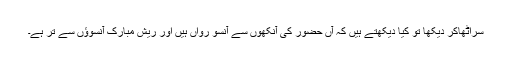
سراُٹھاکر دیکھا تو کیا دیکھتے ہیں کہ آں حضوؐر کی آنکھوں سے آنسو رواں ہیں اور ریش مبارک آنسوؤں سے تر ہے۔